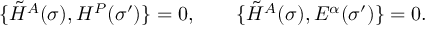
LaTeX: \{ \tilde { H } ^ { A } ( \sigma ) , { \cal H } ^ { P } ( \sigma ^ { \prime } ) \} = 0 , \qquad \{ \tilde { H } ^ { A } ( \sigma ) , { \cal E } ^ { \alpha } ( \sigma ^ { \prime } ) \} = 0 .